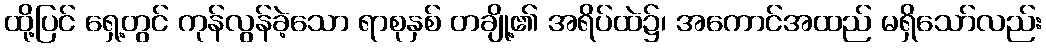
ထို့ပြင် ရှေ့တွင် ကုန်လွန်ခဲ့သော ရာစုနှစ် တချို့၏ အရိပ်ထဲ၌၊ အကောင်အထည် မရှိသော်လည်း